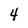
Character: 4